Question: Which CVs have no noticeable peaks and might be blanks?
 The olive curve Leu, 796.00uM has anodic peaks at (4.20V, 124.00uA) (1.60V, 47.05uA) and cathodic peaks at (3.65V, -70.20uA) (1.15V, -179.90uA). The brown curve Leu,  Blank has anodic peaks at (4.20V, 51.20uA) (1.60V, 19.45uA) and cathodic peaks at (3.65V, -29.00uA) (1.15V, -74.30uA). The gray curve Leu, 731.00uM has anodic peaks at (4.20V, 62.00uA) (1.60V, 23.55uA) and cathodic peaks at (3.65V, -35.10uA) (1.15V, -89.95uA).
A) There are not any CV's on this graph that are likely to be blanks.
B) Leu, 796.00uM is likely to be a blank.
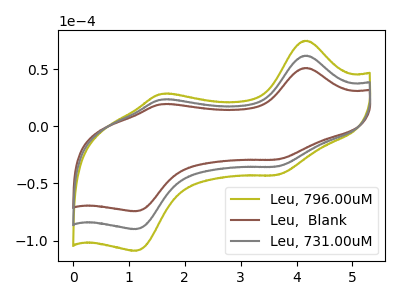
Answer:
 <answer>A) There are not any CV's on this graph that are likely to be blanks.</answer>
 <eval>A</eval>